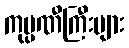
ကုမ္ပဏီကြီးများ